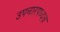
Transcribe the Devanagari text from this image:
उपचारपध्दत